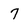
Character: 7